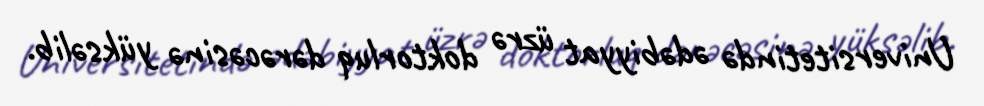
Universitetində ədəbiyyat üzrə doktorluq dərəcəsinə yüksəlib.